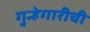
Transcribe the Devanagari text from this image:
गुन्हेगारीची